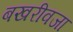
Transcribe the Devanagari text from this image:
बखरीवजा